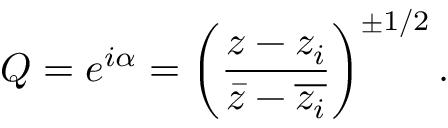
Q = e ^ { i \alpha } = \left( \frac { z - z _ { i } } { \bar { z } - \overline { { z _ { i } } } } \right) ^ { \pm 1 / 2 } .